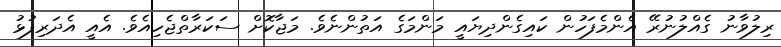
ރިލުވާނު ގެއްލުނުރޭ އެންމެފަހުން ކައިގެންދިޔައީ މަންމަގެ އަތުންނެވެ. މަޖާކޮށް ސަކަރާތްޖެހިއެވެ. އެއީ އެދަރިފުޅު